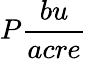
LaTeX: P\frac{bu}{acre}